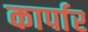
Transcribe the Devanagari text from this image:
कार्पार